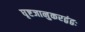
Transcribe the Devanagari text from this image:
घृष्टजानुकरद्वंद्वः